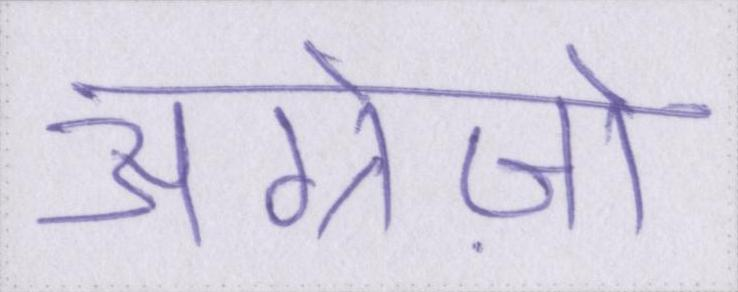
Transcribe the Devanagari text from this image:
अंग्रेज़ो